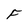
Character: F